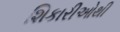
શિકારીઓથી